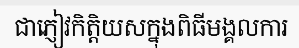
ជាភ្ញៀវកិត្តិយសក្នុងពិធីមង្គលការ